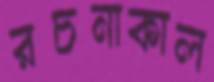
রচনাকাল